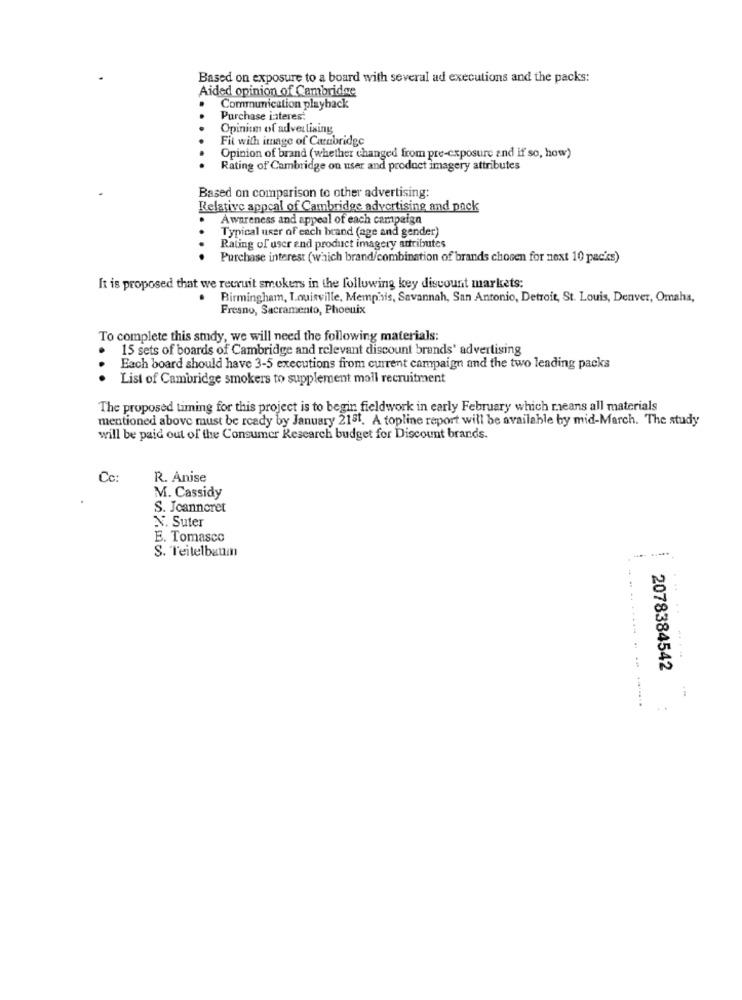
Based on exposure to a board with several ad executions and the packs:
Aided opinion of Cambridge
Communication playback
Purchase interest
Opinitm of advertising
Fit with image of Cambridge
Opinion of brand (whether changed from pre-exposure and if so, how)
Rating of Cambridge on user and product imagery attributes
Based on comparison to other advertising:
Relative appcal of Cambridge advertising and pack
Awareness and appeal of each campaign
Typical user of each brand (age and gender)
Rating of user end product imagery attributes
Purchase interest (which brand/combination of brands chosen for next 10 pac's)
It is proposed that we recruit smokers in the following key discount markets:
Birmingham, Louisville, Memphis, Savannah, San Antonio, Detroit, St. Louis, Denver, Omaha,
Fresno, Sacramento, Phoenix
To complete this study, we will need the following materials:
15 sets of boards of Cambridge and relevant discount brands' advertising
Each board should have 3-5 executions from current campaign and the two leading packs
. List of Cambridge smokers to supplement moll recruitment
The proposed timing for this project is to begin fieldwork in early February which means all materials
mentioned above must be ready by January 218t. A topline report will be available by mid-March. The study
will be paid out of the Consumer Research budget for Discount brands.
Cc:
R. Anise
M. Cassidy
S. Jeanneret
N. Suter
E. Tomasco
S. Teitelbaum
...
2078384542